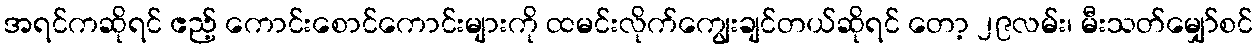
အရင်ကဆိုရင် ဧည့် ကောင်းစောင်ကောင်းများကို ထမင်းလိုက်ကျွေးချင်တယ်ဆိုရင် တော့ ၂၉လမ်း၊ မီးသတ်မျှော်စင်